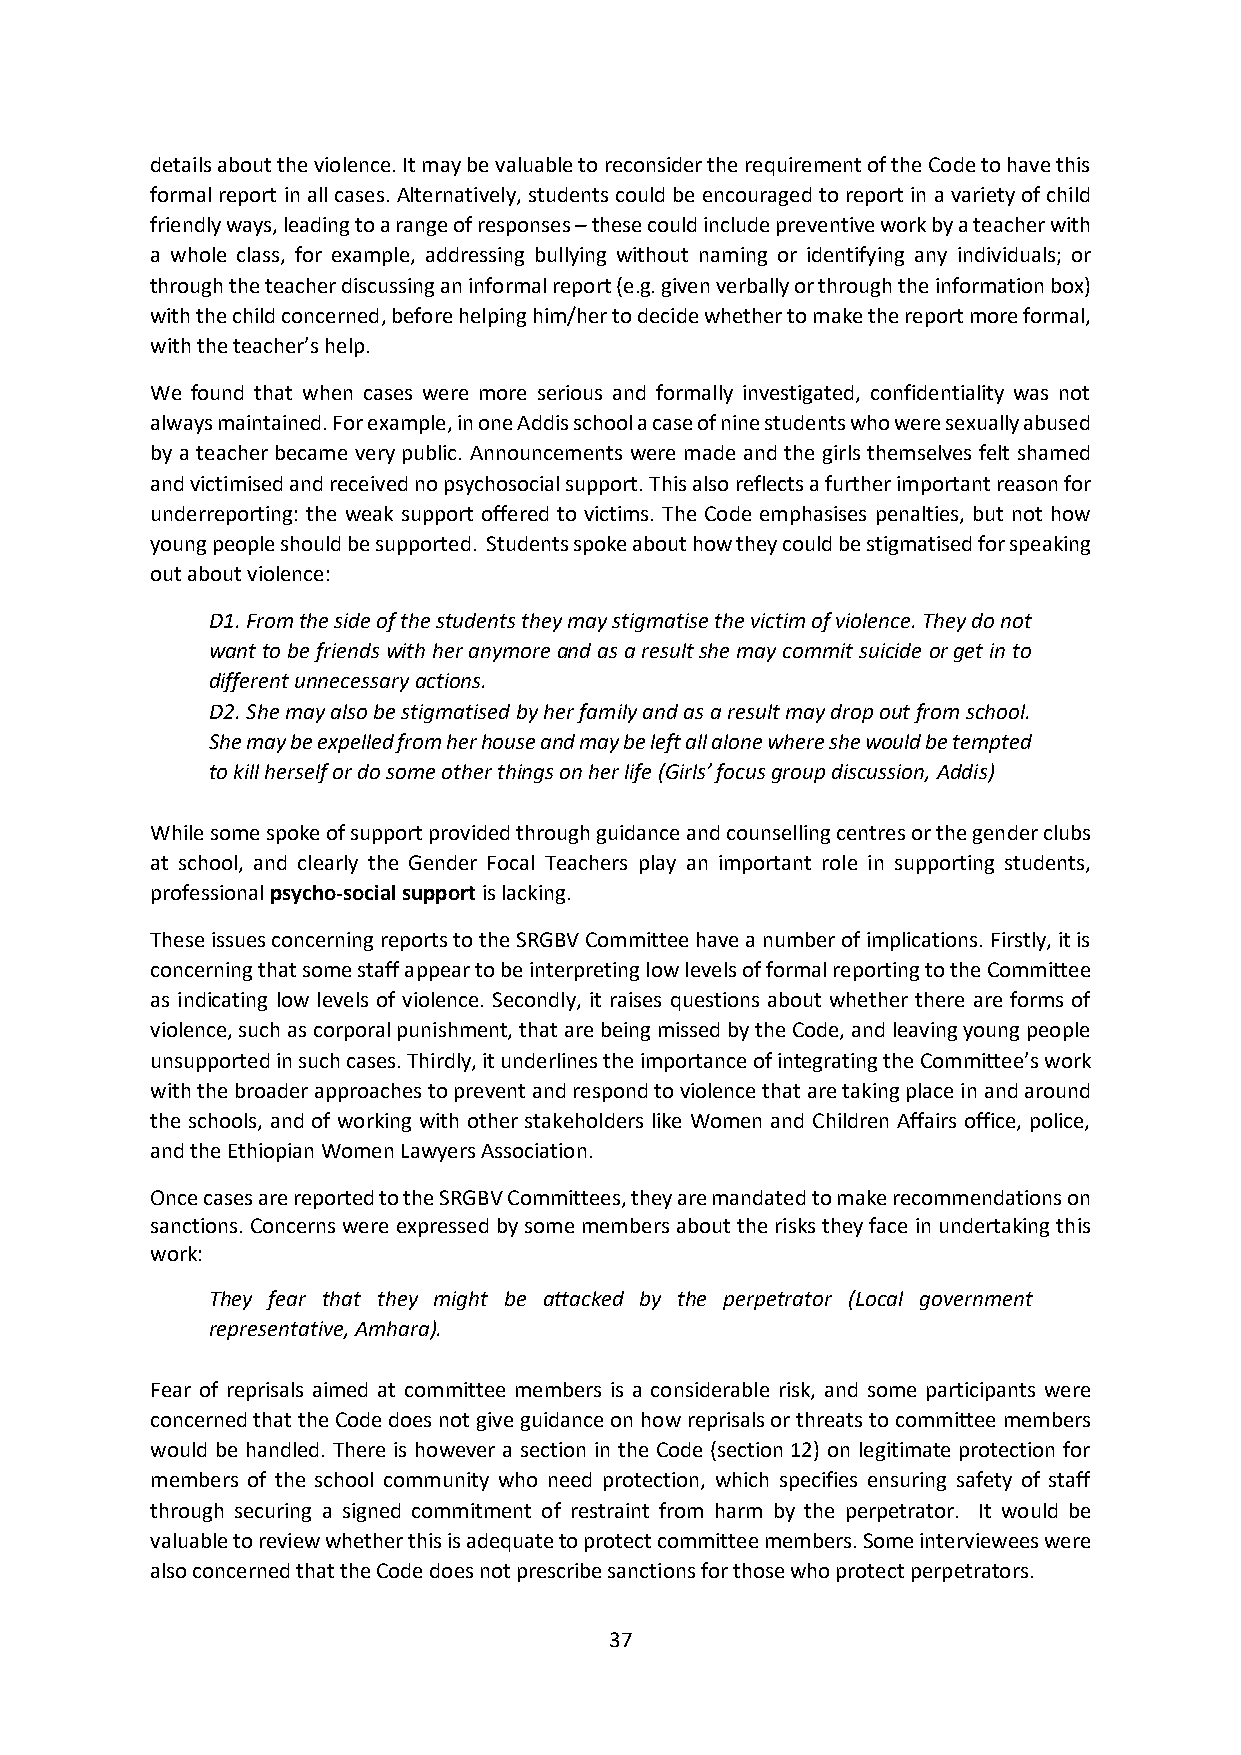
details about the violence. It may be valuable to reconsider the requirement of the Code to have this
 formal report in all cases. Alternatively, students could be encouraged to report in a variety of child
 friendly ways, leading to a range of responses – these could include preventive work by a teacher with
 a whole class, for example, addressing bullying without naming or identifying any individuals; or
 through the teacher discussing an informal report (e.g. given verbally or through the information box)
 with the child concerned, before helping him/her to decide whether to make the report more formal,
 with the teacher’s help.
 We found that when cases were more serious and formally investigated, confidentiality was not
 always maintained. For example, in one Addis school a case of nine students who were sexually abused
 by a teacher became very public. Announcements were made and the girls themselves felt shamed
 and victimised and received no psychosocial support. This also reflects a further important reason for
 underreporting: the weak support offered to victims. The Code emphasises penalties, but not how
 young people should be supported. Students spoke about how they could be stigmatised for speaking
 out about violence:
 D1. From the side of the students they may stigmatise the victim of violence. They do not
 want to be friends with her anymore and as a result she may commit suicide or get in to
 different unnecessary actions.
 D2. She may also be stigmatised by her family and as a result may drop out from school.
 She may be expelled from her house and may be left all alone where she would be tempted
 to kill herself or do some other things on her life (Girls’ focus group discussion, Addis)
 While some spoke of support provided through guidance and counselling centres or the gender clubs
 at school, and clearly the Gender Focal Teachers play an important role in supporting students,
 professional psycho-social support is lacking.
 These issues concerning reports to the SRGBV Committee have a number of implications. Firstly, it is
 concerning that some staff appear to be interpreting low levels of formal reporting to the Committee
 as indicating low levels of violence. Secondly, it raises questions about whether there are forms of
 violence, such as corporal punishment, that are being missed by the Code, and leaving young people
 unsupported in such cases. Thirdly, it underlines the importance of integrating the Committee’s work
 with the broader approaches to prevent and respond to violence that are taking place in and around
 the schools, and of working with other stakeholders like Women and Children Affairs office, police,
 and the Ethiopian Women Lawyers Association.
 Once cases are reported to the SRGBV Committees, they are mandated to make recommendations on
 sanctions. Concerns were expressed by some members about the risks they face in undertaking this
 work:
 They fear that they might be attacked by the perpetrator (Local government
 representative, Amhara).
 Fear of reprisals aimed at committee members is a considerable risk, and some participants were
 concerned that the Code does not give guidance on how reprisals or threats to committee members
 would be handled. There is however a section in the Code (section 12) on legitimate protection for
 members of the school community who need protection, which specifies ensuring safety of staff
 through securing a signed commitment of restraint from harm by the perpetrator. It would be
 valuable to review whether this is adequate to protect committee members. Some interviewees were
 also concerned that the Code does not prescribe sanctions for those who protect perpetrators.
 37